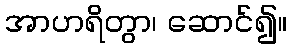
အာဟရိတွာ၊ ဆောင်၍။